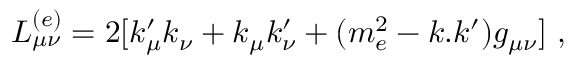
L _ { \mu \nu } ^ { ( e ) } = 2 [ k _ { \mu } ^ { \prime } k _ { \nu } + k _ { \mu } k _ { \nu } ^ { \prime } + ( m _ { e } ^ { 2 } - k . k ^ { \prime } ) g _ { \mu \nu } ] \ ,